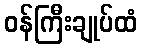
ဝန်ကြီးချုပ်ထံ